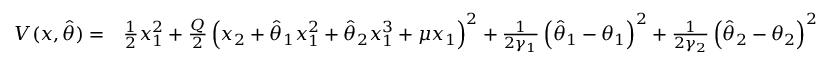
\begin{array} { r l } { V ( x , \hat { \theta } ) = } & { \frac { 1 } { 2 } x _ { 1 } ^ { 2 } + \frac { Q } { 2 } \left( x _ { 2 } + \hat { \theta } _ { 1 } x _ { 1 } ^ { 2 } + \hat { \theta } _ { 2 } x _ { 1 } ^ { 3 } + \mu x _ { 1 } \right) ^ { 2 } + \frac { 1 } { 2 \gamma _ { 1 } } \left( \hat { \theta } _ { 1 } - \theta _ { 1 } \right) ^ { 2 } + \frac { 1 } { 2 \gamma _ { 2 } } \left( \hat { \theta } _ { 2 } - \theta _ { 2 } \right) ^ { 2 } } \end{array}